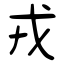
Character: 戎